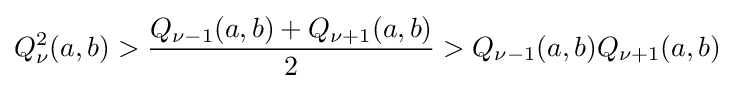
Q_{\nu }^{2}(a,b)>{\frac {Q_{\nu -1}(a,b)+Q_{\nu +1}(a,b)}{2}}>Q_{\nu -1}(a,b)Q_{\nu +1}(a,b)